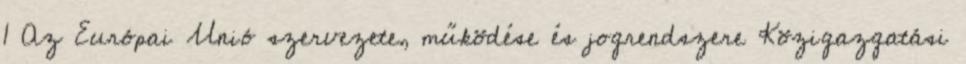
1 Az Európai Unió szervezete, működése és jogrendszere Közigazgatási